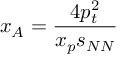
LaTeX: x _ { A } = { \frac { 4 p _ { t } ^ { 2 } } { x _ { p } s _ { N N } } }